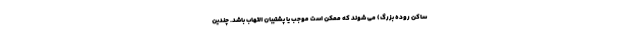
ساکن روده بزرگ) می شوند که ممکن است موجب یا پشتیبان التهاب باشد. چندین